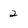
Character: 2